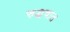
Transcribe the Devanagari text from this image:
रुद्धवात